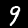
Label: 9